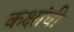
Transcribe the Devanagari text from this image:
कक्षांची